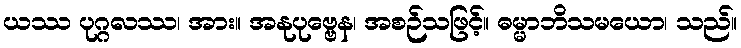
ယဿ ပုဂ္ဂလဿ၊ အား။ အနုပုဗ္ဗေန၊ အစဉ်သဖြင့်။ ဓမ္မာဘိသမယော၊ သည်။